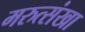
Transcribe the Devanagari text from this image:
मरुत्संखा